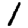
Digit: 1